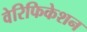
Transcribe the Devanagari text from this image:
वेरिफिकेशन